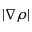
| \nabla \rho |